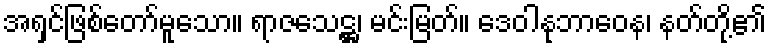
အရှင်ဖြစ်တော်မူသော။ ရာဇသေဋ္ဌ၊ မင်းမြတ်။ ဒေဝါနုဘာဝေန၊ နတ်တို့၏